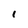
Character: i